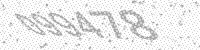
Solution: 099478